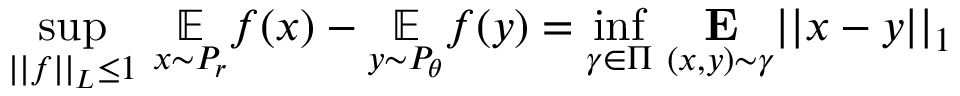
\underset { | | f | | _ { L } \leq 1 } { \operatorname* { s u p } } \ \underset { x \sim P _ { r } } { \mathbb { E } } f ( x ) - \underset { y \sim P _ { \theta } } { \mathbb { E } } f ( y ) = \underset { \gamma \in \Pi } { \operatorname* { i n f } } \ \underset { ( x , y ) \sim \gamma } { \mathbf { E } } | | x - y | | _ { 1 }